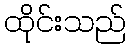
ထိုင်းသည်